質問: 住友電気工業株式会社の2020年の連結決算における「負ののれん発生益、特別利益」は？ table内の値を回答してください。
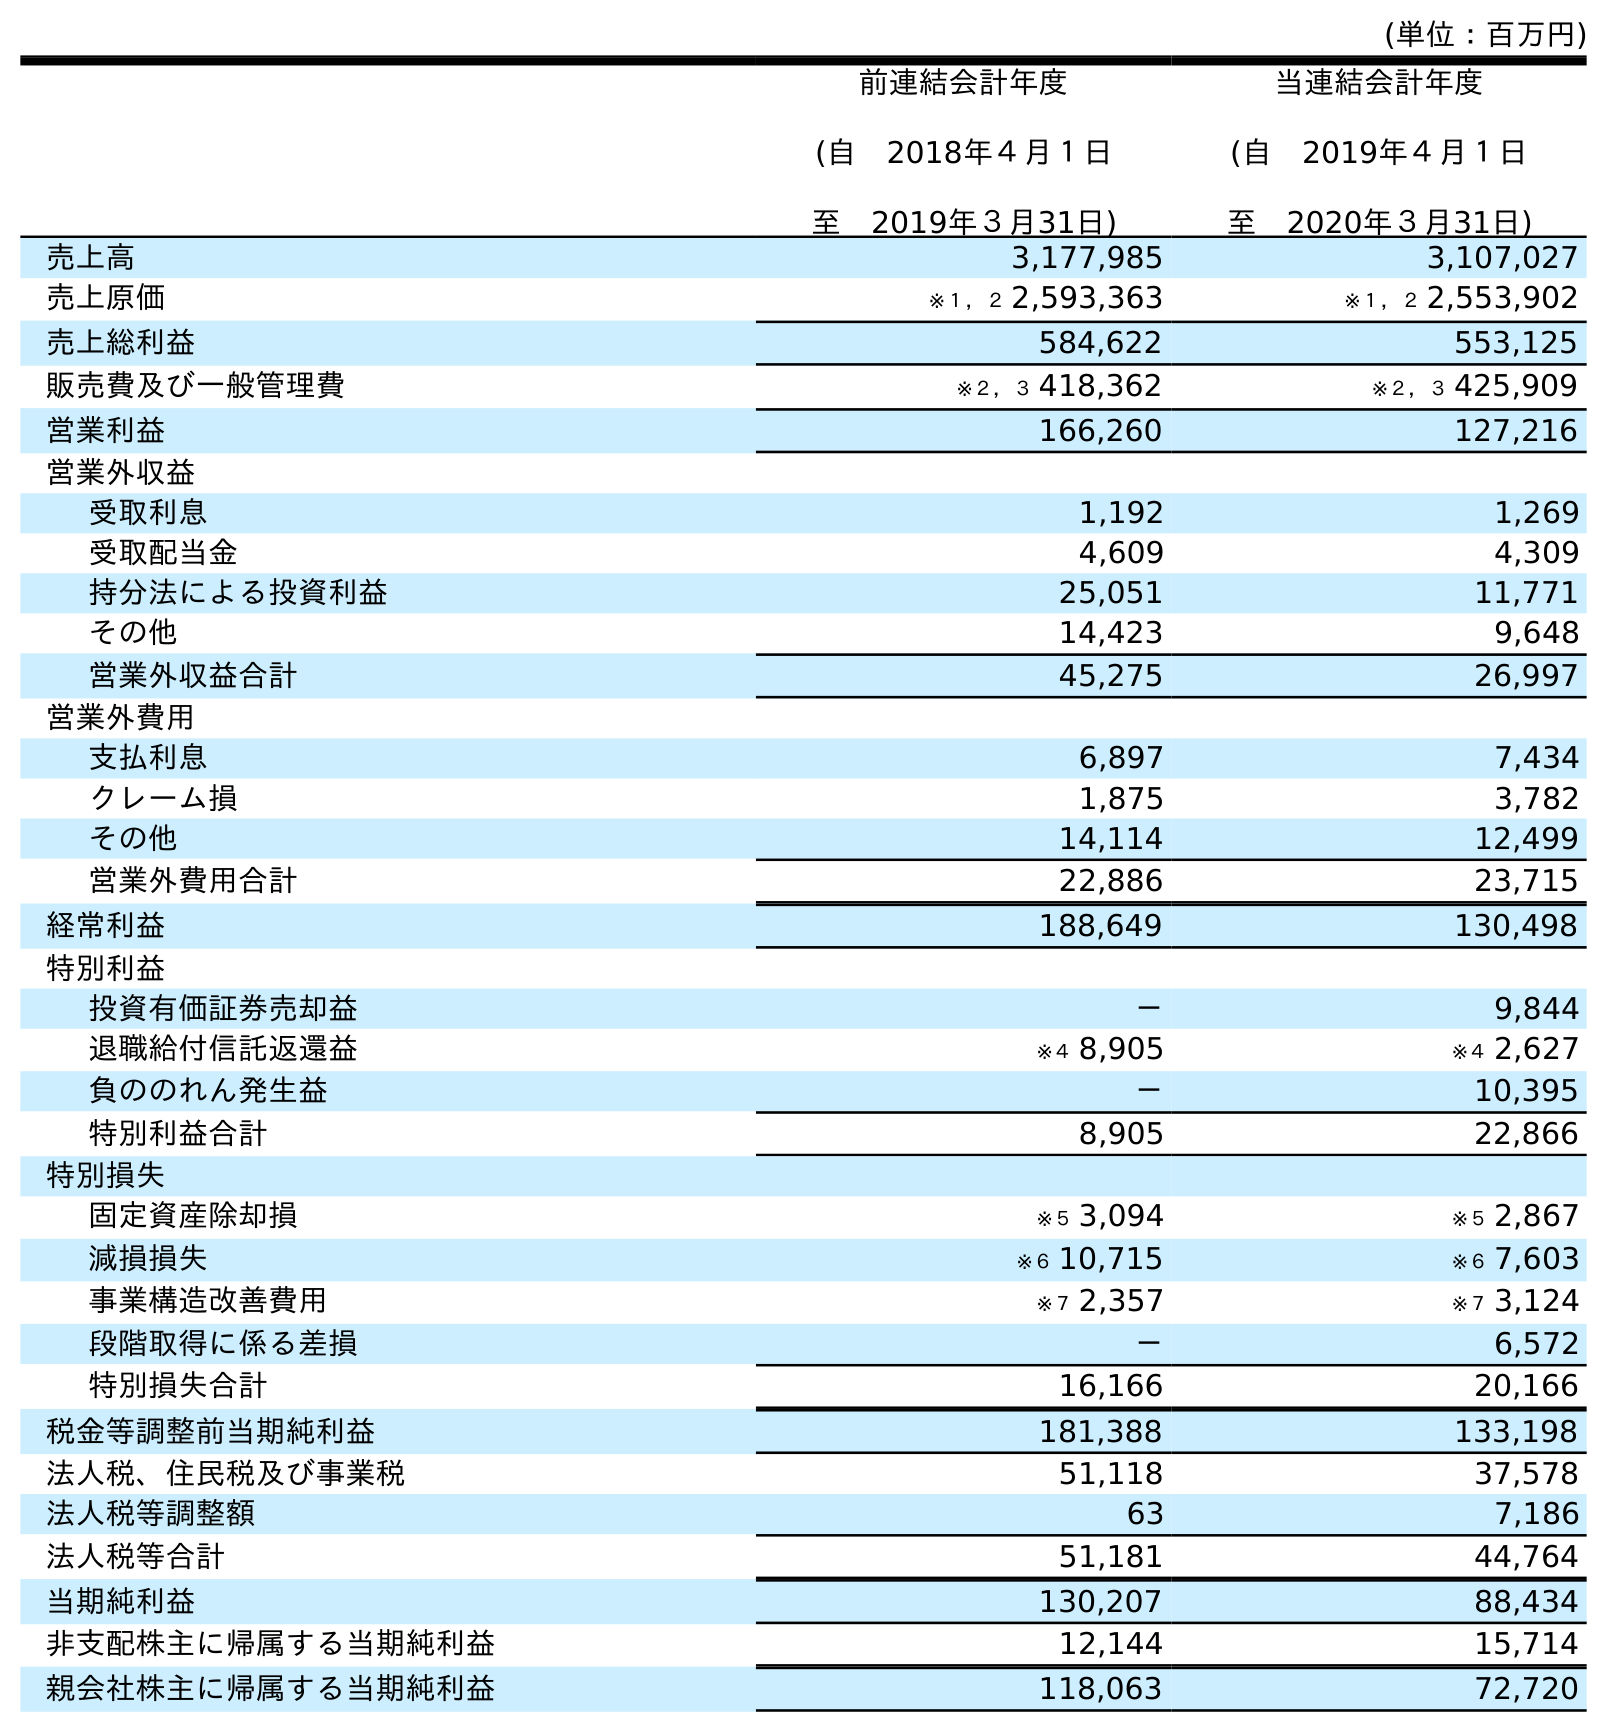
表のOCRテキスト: (単位：百万円) 前連結会計年度 (自 2018年４月１日 至 2019年３月31日) 当連結会計年度 (自 2019年４月１日 至 2020年３月31日) 売上高 3,177,985 3,107,027 売上原価 ※１，２ 2,593,363 ※１，２ 2,553,902 売上総利益 584,622 553,125 販売費及び一般管理費 ※２，３ 418,362 ※２，３ 425,909 営業利益 166,260 127,216 営業外収益 受取利息 1,192 1,269 受取配当金 4,609 4,309 持分法による投資利益 25,051 11,771 その他 14,423 9,648 営業外収益合計 45,275 26,997 営業外費用 支払利息 6,897 7,434 クレーム損 1,875 3,782 その他 14,114 12,499 営業外費用合計 22,886 23,715 経常利益 188,649 130,498 特別利益 投資有価証券売却益 － 9,844 退職給付信託返還益 ※４ 8,905 ※４ 2,627 負ののれん発生益 － 10,395 特別利益合計 8,905 22,866 特別損失 固定資産除却損 ※５ 3,094 ※５ 2,867 減損損失 ※６ 10,715 ※６ 7,603 事業構造改善費用 ※７ 2,357 ※７ 3,124 段階取得に係る差損 － 6,572 特別損失合計 16,166 20,166 税金等調整前当期純利益 181,388 133,198 法人税、住民税及び事業税 51,118 37,578 法人税等調整額 63 7,186 法人税等合計 51,181 44,764 当期純利益 130,207 88,434 非支配株主に帰属する当期純利益 12,144 15,714 親会社株主に帰属する当期純利益 118,063 72,720
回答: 10,395